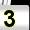
Digit: 3